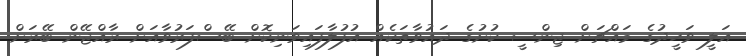
އަލީ ވަހީދުގެ މައްޗަށް ޖިންސީ ކުށުގެ ދައުވާތަކެއް އުފުލާފައިވަނިކޮށް ބޭސްފަރުވާއަށް ރާއްޖޭން ބޭރަށް